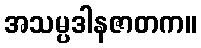
အသမ္ပဒါနဇာတက။